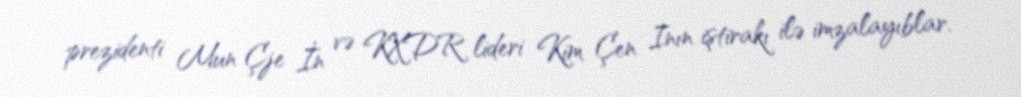
prezidenti Mun Çje İn və KXDR lideri Kim Çen Inın iştirakı ilə imzalayıblar.